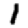
Digit: 1